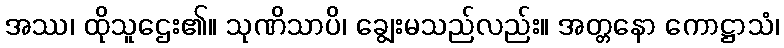
အဿ၊ ထိုသူဌေး၏။ သုဏိသာပိ၊ ချွေးမသည်လည်း။ အတ္တနော ကောဋ္ဌာသံ၊